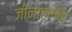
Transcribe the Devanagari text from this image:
जीनात्मक